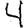
Digit: 4